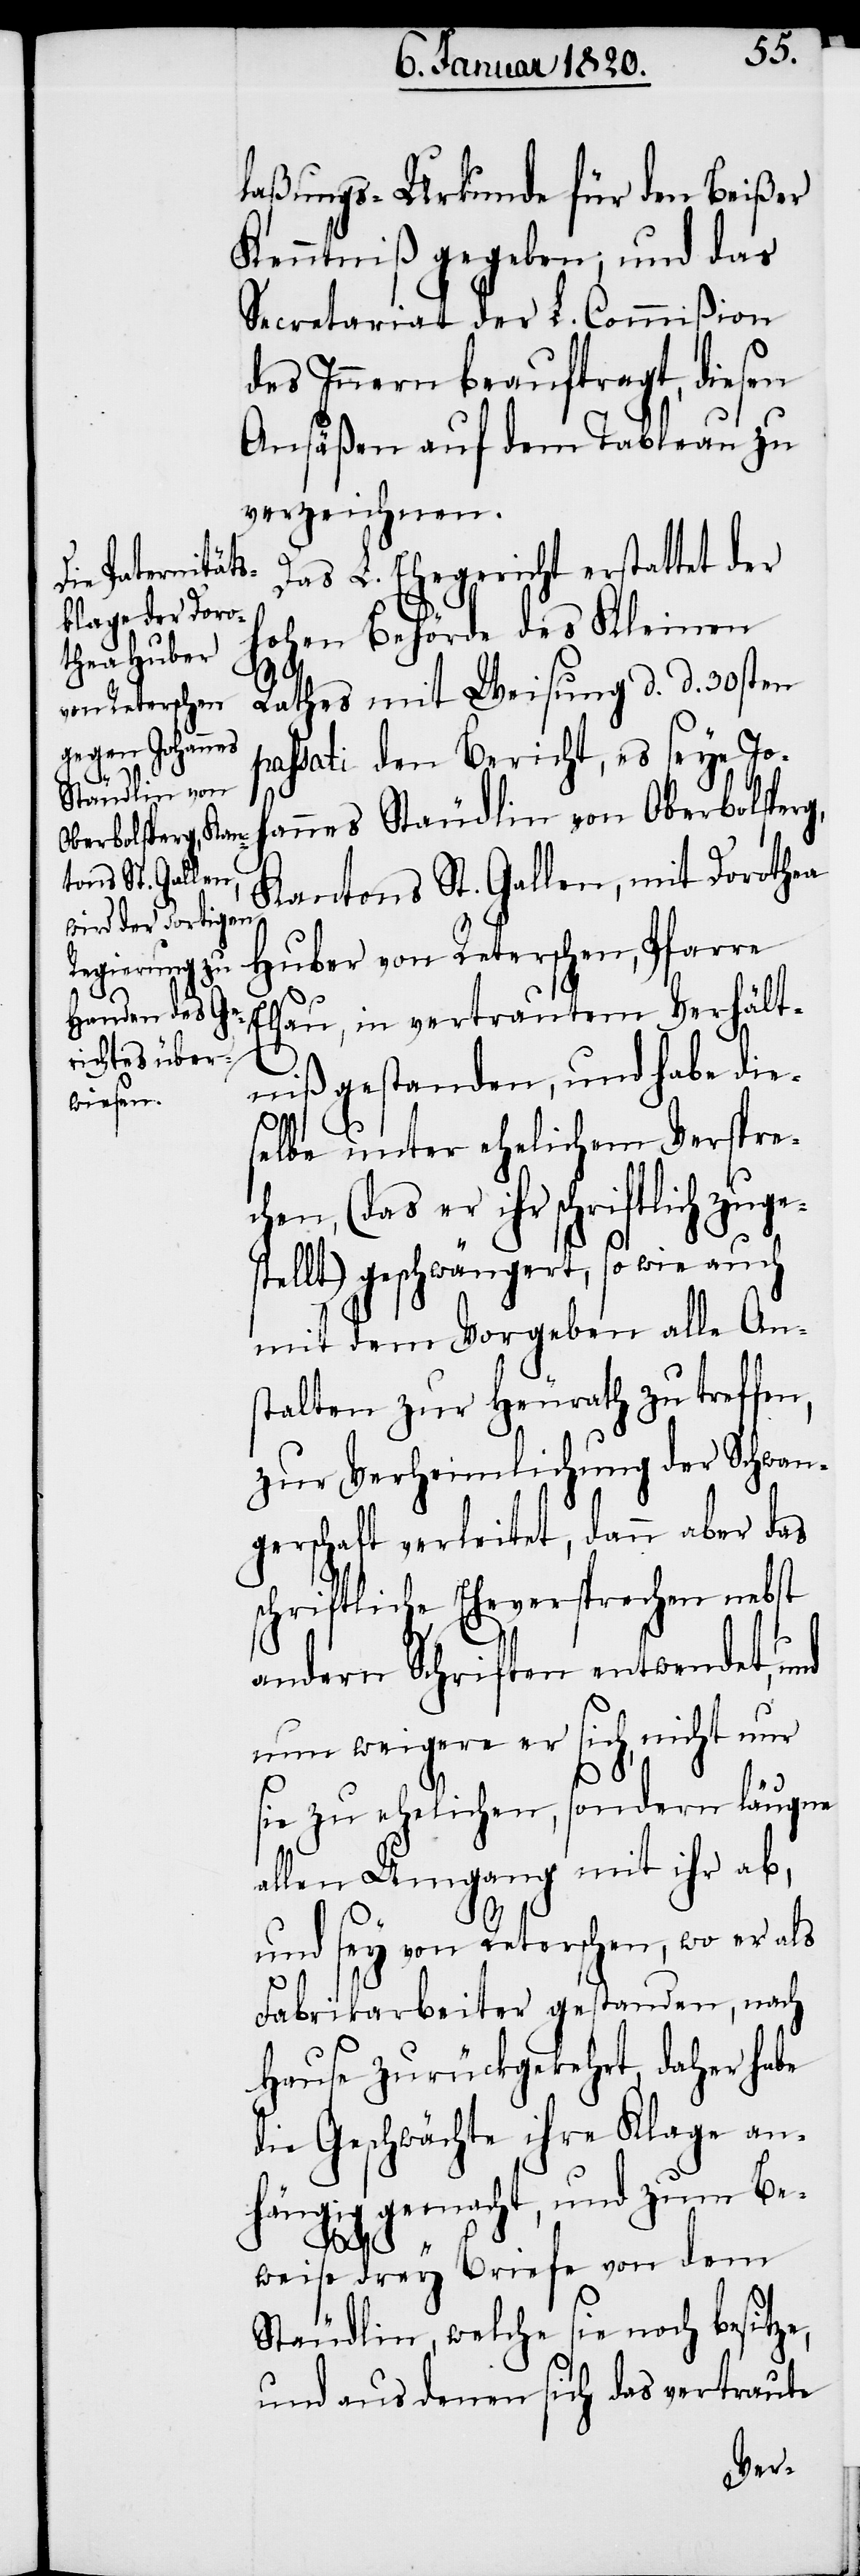
laßungs-Urkunde für den Beißer
Kenntniß gegeben; und das
Secretariat der L. Commißion
des Innern beauftragt, diesen
Ansäßen auf dem Tableau zu
verzeichnen.
Das L. Ehegericht erstattet der
hohen Behörde des Kleinen
Rathes mit Weisung d. d. 30sten
assati den Bericht, es seye Jo¬
h¬
annes Stäudlin von Oberbolsperg,
Kantons St. Gallen, mit Dorothea
Huber von Reterschen, Pfarre
lsau, in vertrautem Verhält¬
niß gestanden, und habe die¬
selbe unter ehelichem Verspre¬
chen, (das er ihr schriftlich zuges¬
tellt) geschwängert, so wie auch
mit dem Vorgeben alle An¬
stalten zur Heurath zu treffen,
zur Verheimlichung der Schwan¬
gerschaft verleitet, dann aber das
chriftliche Eheversprechen nebst
andern Schriften entwendet, und
nun weigere er sich, nicht nur
s¬
ie zu ehelichen, sondern läugne
allen Umgang mit ihr ab,
und sey von Reterschen, wo er als
Fabrikarbeiter gestanden, nach
Hause zurückgekehrt, daher habe
die Geschwächte ihre Klage an¬
hängig gemacht, und zum Be¬
p¬
s¬
weise drey Briefe von dem
Stäudlin, welche sie noch besitze,
und aus denen sich das vertraute